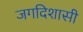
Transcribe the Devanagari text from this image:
जगदिशासी